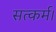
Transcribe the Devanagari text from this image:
सत्कर्म।